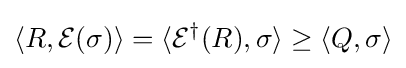
\langle R,{\mathcal {E}}(\sigma )\rangle =\langle {\mathcal {E}}^{\dagger }(R),\sigma \rangle \geq \langle Q,\sigma \rangle